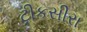
ટીકસીરા